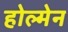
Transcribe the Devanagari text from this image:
होल्मेन